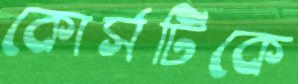
কোর্সটিকে